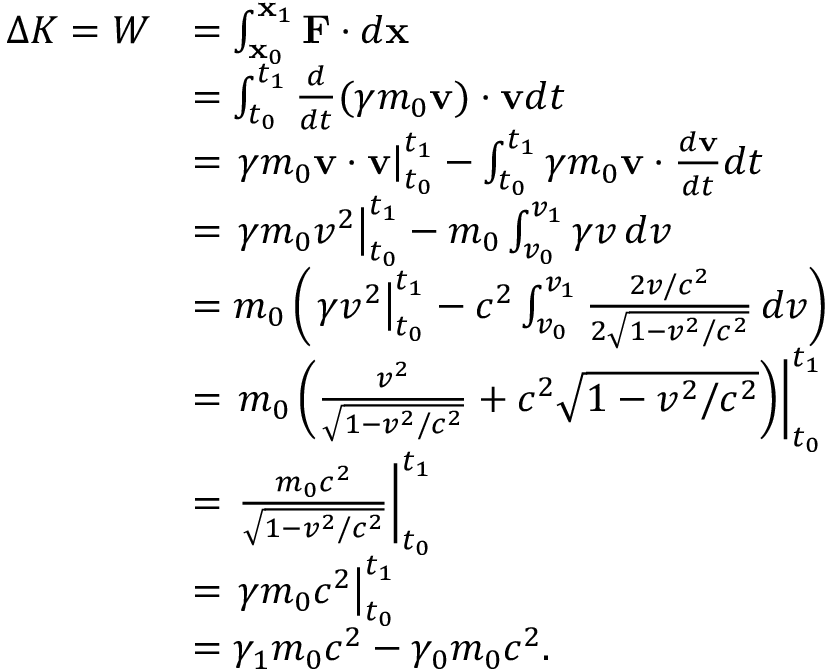
{ \begin{array} { r l } { \Delta K = W } & { = \int _ { \mathbf { x } _ { 0 } } ^ { \mathbf { x } _ { 1 } } \mathbf { F } \cdot d \mathbf { x } } \\ & { = \int _ { t _ { 0 } } ^ { t _ { 1 } } { \frac { d } { d t } } ( \gamma m _ { 0 } \mathbf { v } ) \cdot \mathbf { v } d t } \\ & { = \left. \gamma m _ { 0 } \mathbf { v } \cdot \mathbf { v } \right| _ { t _ { 0 } } ^ { t _ { 1 } } - \int _ { t _ { 0 } } ^ { t _ { 1 } } \gamma m _ { 0 } \mathbf { v } \cdot { \frac { d \mathbf { v } } { d t } } d t } \\ & { = \left. \gamma m _ { 0 } v ^ { 2 } \right| _ { t _ { 0 } } ^ { t _ { 1 } } - m _ { 0 } \int _ { v _ { 0 } } ^ { v _ { 1 } } \gamma v \, d v } \\ & { = m _ { 0 } \left( \left. \gamma v ^ { 2 } \right| _ { t _ { 0 } } ^ { t _ { 1 } } - c ^ { 2 } \int _ { v _ { 0 } } ^ { v _ { 1 } } { \frac { 2 v / c ^ { 2 } } { 2 { \sqrt { 1 - v ^ { 2 } / c ^ { 2 } } } } } \, d v \right) } \\ & { = \left. m _ { 0 } \left( { \frac { v ^ { 2 } } { \sqrt { 1 - v ^ { 2 } / c ^ { 2 } } } } + c ^ { 2 } { \sqrt { 1 - v ^ { 2 } / c ^ { 2 } } } \right) \right| _ { t _ { 0 } } ^ { t _ { 1 } } } \\ & { = \left. { \frac { m _ { 0 } c ^ { 2 } } { \sqrt { 1 - v ^ { 2 } / c ^ { 2 } } } } \right| _ { t _ { 0 } } ^ { t _ { 1 } } } \\ & { = \left. { \gamma m _ { 0 } c ^ { 2 } } \right| _ { t _ { 0 } } ^ { t _ { 1 } } } \\ & { = \gamma _ { 1 } m _ { 0 } c ^ { 2 } - \gamma _ { 0 } m _ { 0 } c ^ { 2 } . } \end{array} }